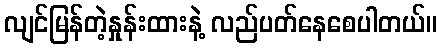
လျင်မြန်တဲ့နှုန်းထားနဲ့ လည်ပတ်နေစေပါတယ်။